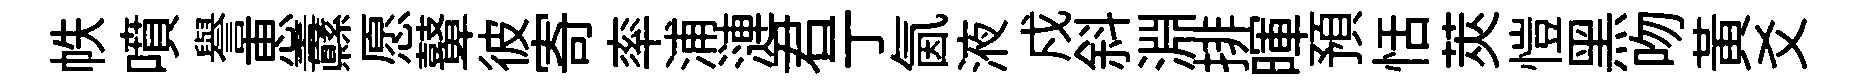
帙噴譽恵纛愿鼙彼寄率浦漣君亍氤液戍斜淵排暉預恬莢愷黑吻黃爻